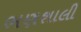
ભણશાલી